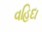
વહિદા